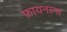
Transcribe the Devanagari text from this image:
फ़ायनल्स